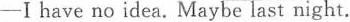
——I have no idea. Maybe last night.